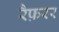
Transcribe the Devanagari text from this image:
रैफ़रर